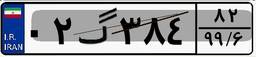
۵۰گ۲۷۲۷۱